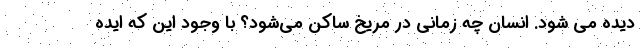
دیده می شود. انسان چه زمانی در مریخ ساکن می‌شود؟ با وجود این که ایده